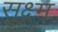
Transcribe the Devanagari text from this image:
सू्क्ष्म